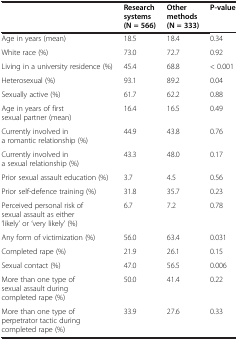
|  | Research systems (N = 566) | Other methods (N = 333) | P-value |
 | --- | --- | --- | --- |
 | Age in years (mean) | 18.5 | 18.4 | 0.34 |
 | White race (%) | 73.0 | 72.7 | 0.92 |
 | Living in a university residence (%) | 45.4 | 68.8 | < 0.001 |
 | Heterosexual (%) | 93.1 | 89.2 | 0.04 |
 | Sexually active (%) | 61.7 | 62.2 | 0.88 |
 | Age in years of first sexual partner (mean) | 16.4 | 16.5 | 0.49 |
 | Currently involved in a romantic relationship (%) | 44.9 | 43.8 | 0.76 |
 | Currently involved in a sexual relationship (%) | 43.3 | 48.0 | 0.17 |
 | Prior sexual assault education (%) | 3.7 | 4.5 | 0.56 |
 | Prior self-defence training (%) | 31.8 | 35.7 | 0.23 |
 | Perceived personal risk of sexual assault as either ‘likely’ or ‘very likely’ (%) | 6.7 | 7.2 | 0.78 |
 | Any form of victimization (%) | 56.0 | 63.4 | 0.031 |
 | Completed rape (%) | 21.9 | 26.1 | 0.15 |
 | Sexual contact (%) | 47.0 | 56.5 | 0.006 |
 | More than one type of sexual assault during completed rape (%) | 50.0 | 41.4 | 0.22 |
 | More than one type of perpetrator tactic during completed rape (%) | 33.9 | 27.6 | 0.33 |